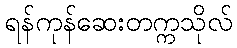
ရန်ကုန်ဆေးတက္ကသိုလ်